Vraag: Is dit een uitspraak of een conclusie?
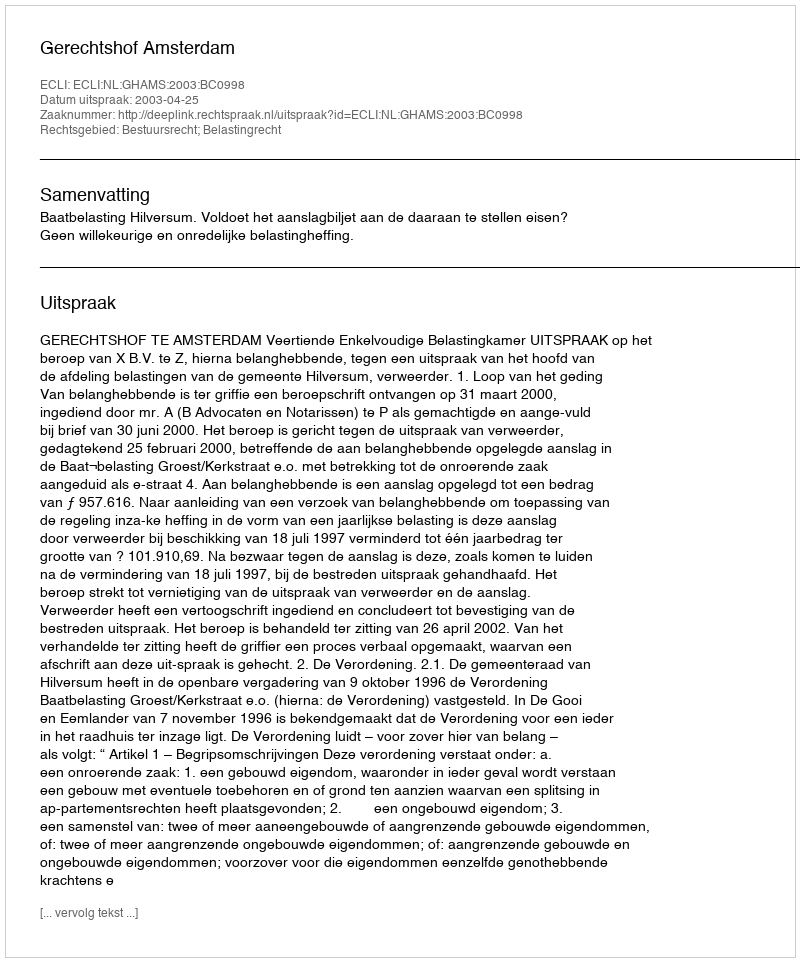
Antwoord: Uitspraak